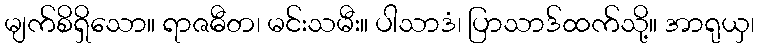
မျက်စိရှိသော။ ရာဇဓီတ၊ မင်းသမီး။ ပါသာဒံ၊ ပြာသာဒ်ထက်သို့။ အာရုယှ၊